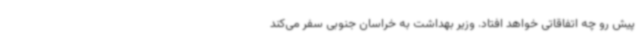
پیش رو چه اتفاقاتی خواهد افتاد. وزیر بهداشت به خراسان جنوبی سفر می‌کند